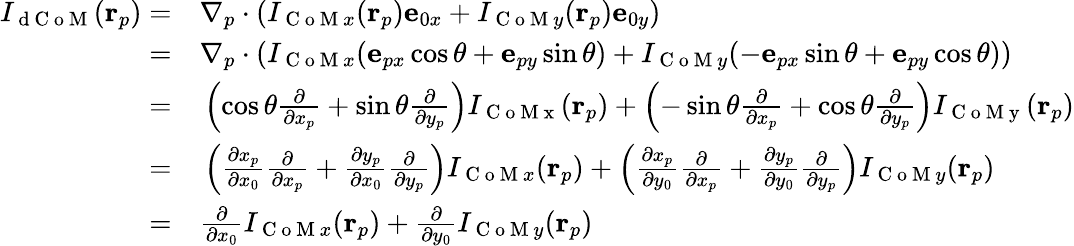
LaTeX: \begin{array}{rl}{I_{\mathrm{~d~C~o~M~}}(\mathbf{r}_{p})=}&{{}\nabla_{p}\cdot\left(I_{\mathrm{~C~o~M~}x}(\mathbf{r}_{p})\mathbf{e}_{0x}+I_{\mathrm{~C~o~M~}y}(\mathbf{r}_{p})\mathbf{e}_{0y}\right)}\\ {=}&{{}\nabla_{p}\cdot\left(I_{\mathrm{~C~o~M~}x}(\mathbf{e}_{px}\cos\theta+\mathbf{e}_{py}\sin\theta)+I_{\mathrm{~C~o~M~}y}(-\mathbf{e}_{px}\sin\theta+\mathbf{e}_{py}\cos\theta)\right)}\\ {=}&{{}\left(\cos\theta\frac{\partial}{\partial x_{p}}+\sin\theta\frac{\partial}{\partial y_{p}}\right)I_{\mathrm{~C~o~M~x~}}(\mathbf{r}_{p})+\left(-\sin\theta\frac{\partial}{\partial x_{p}}+\cos\theta\frac{\partial}{\partial y_{p}}\right)I_{\mathrm{~C~o~M~y~}}(\mathbf{r}_{p})}\\ {=}&{{}\left(\frac{\partial x_{p}}{\partial x_{0}}\frac{\partial}{\partial x_{p}}+\frac{\partial y_{p}}{\partial x_{0}}\frac{\partial}{\partial y_{p}}\right)I_{\mathrm{~C~o~M~}x}(\mathbf{r}_{p})+\left(\frac{\partial x_{p}}{\partial y_{0}}\frac{\partial}{\partial x_{p}}+\frac{\partial y_{p}}{\partial y_{0}}\frac{\partial}{\partial y_{p}}\right)I_{\mathrm{~C~o~M~}y}(\mathbf{r}_{p})}\\ {=}&{{}\frac{\partial}{\partial x_{0}}I_{\mathrm{~C~o~M~}x}(\mathbf{r}_{p})+\frac{\partial}{\partial y_{0}}I_{\mathrm{~C~o~M~}y}(\mathbf{r}_{p})}\end{array}